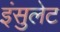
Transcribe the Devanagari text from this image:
इंसुलेट